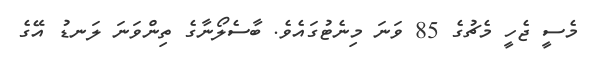
މެސީ ޖެހީ މެޗުގެ 85 ވަނަ މިނެޓުގައެވެ. ބާސެލޯނާގެ ތިންވަނަ ލަނޑު އޭގެ